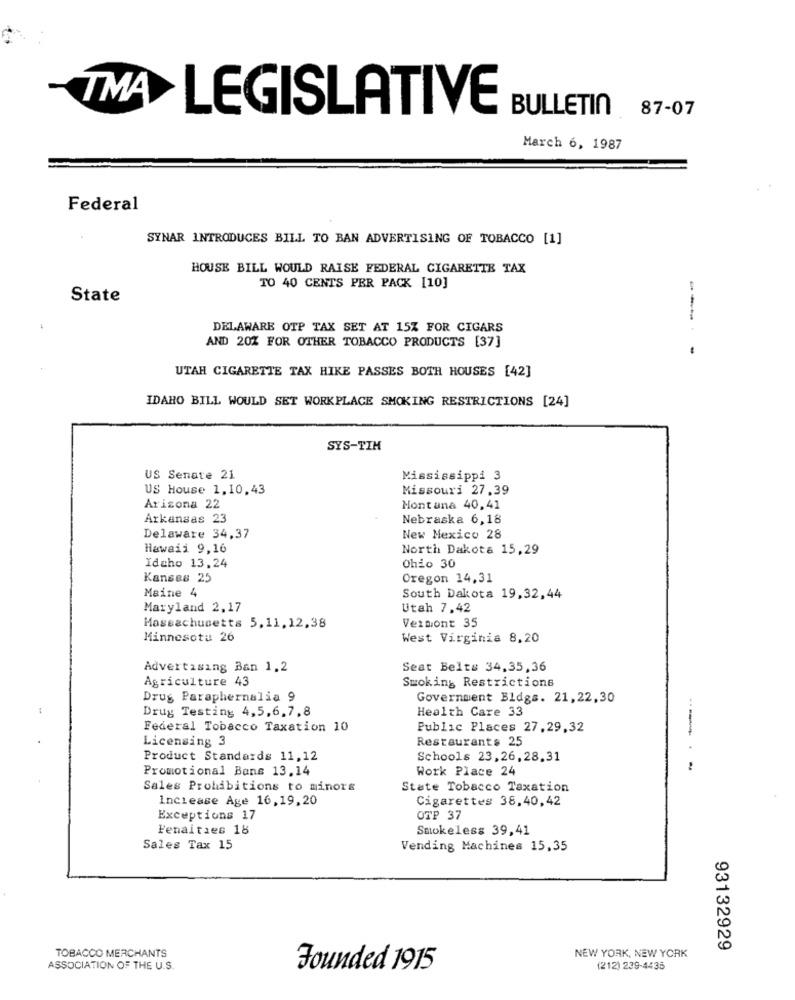
TMA
LEGISLATIVE
BULLETIN
87-07
March 6, 1987
Federal
SYNAR INTRODUCES BILL TO BAN ADVERTISING OF TOBACCO [1]
HOUSE BILL WOULD RAISE FEDERAL CIGARETTE TAX
TO 40 CENTS PER PACK [10]
State
DELAWARE OTP TAX SET AT 15% FOR CIGARS
---
AND 20% FOR OTHER TOBACCO PRODUCTS [37]
UTAH CIGARETTE TAX HIKE PASSES BOTH HOUSES [42]
IDAHO BILL WOULD SET WORKPLACE SMOKING RESTRICTIONS [24]
SYS-TIM
US Senate 21
Mississippi 3
US House 1,10,43
Missouri 27,39
Arizona 22
Montana 40,41
Arkansas 23
Nebraska 6,18
Delaware 34,37
New Mexico 28
Hawaii 9,16
North Dakota 15,29
Idaho 13,24
Ohio 30
Kanses 25
Oregon 14,31
Maine 4
South Dakota 19,32,44
Maryland 2,17
Utah 7,42
Vermont 35
Massachusetts 5,11,12,38
Minnesotu 26
West Virginia 8,20
Advertising Ban 1,2
Seat Belts 34,35,36
Agriculture 43
Smoking Restrictions
Drug Paraphernalia 9
Government Bldgs. 21,22,30
Drug Testing 4,5,6,7,8
Health Care 33
Federal Tobacco Taxation 10
Public Places 27,29,32
Licensing 3
Restaurants 25
Product Standards 11,12
Schools 23,26, 28.31
Promotional Bans 13,14
Work Place 24
Sales Prohibitions to minors
State Tobacco Taxation
Inciease Age 16,19,20
Cigarettes 38,40,42
Exceptions 17
OTP 37
Fenaities 18
Smokeless 39,41
Sales Tax 15
Vending Machines 15,35
TOBACCO MERCHANTS
93132929
NEW YORK, NEW YORK
ASSOCIATION OF THE U.S.
Founded 1915
(212) 239-4435